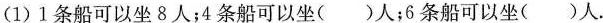
(1)1条船可以坐8人；4条船可以坐( )人；6条船可以坐( )人。